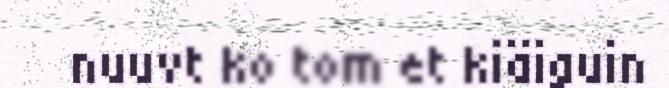
nuuvt ko tom et kiäiguin